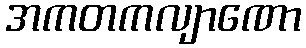
အကတကလျာဏော